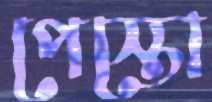
পেস্তো